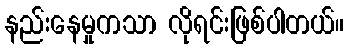
နည်းနေမှုကသာ လိုရင်းဖြစ်ပါတယ်။